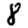
Digit: 8